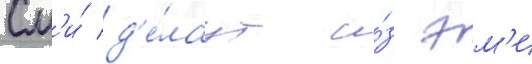
См'и́ д'е́лаут и́з эм'и